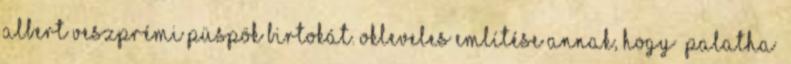
Albert veszprémi püspök birtokát. Okleveles említése annak, hogy „Palatha”